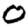
Digit: 0